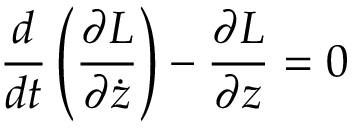
\frac { d } { d t } \left( \frac { \partial \cal { L } } { \partial \dot { z } } \right) - \frac { \partial { \cal { L } } } { \partial z } = 0